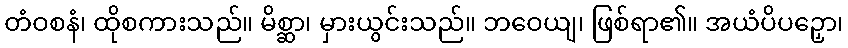
တံဝစနံ၊ ထိုစကားသည်။ မိစ္ဆာ၊ မှားယွင်းသည်။ ဘဝေယျ၊ ဖြစ်ရာ၏။ အယံပိပဉှော၊